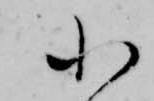
小